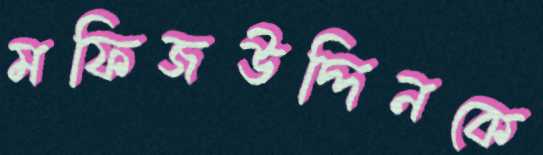
মফিজউদ্দিনকে